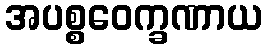
အပစ္စဝေက္ခဏာယ